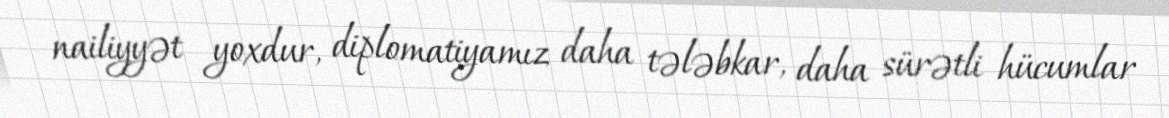
nailiyyət yoxdur, diplomatiyamız daha tələbkar, daha sürətli hücumlar